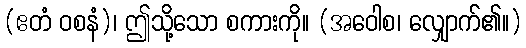
(ဧတံ ဝစနံ)၊ ဤသို့သော စကားကို။ (အဝေါစ၊ လျှောက်၏။)